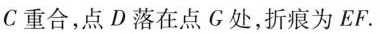
C重合，点D落在点G处，折痕为EF。